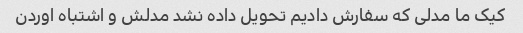
کیک ما مدلی که سفارش دادیم تحویل داده نشد مدلش و اشتباه اوردن